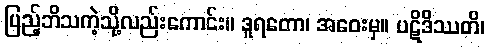
ပြည့်ဘိသကဲ့သို့လည်းကောင်း။ ဒူရတော၊ အဝေးမှ။ ပဋိဒိဿတိ၊